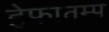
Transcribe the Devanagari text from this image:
हेफातम्प